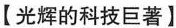
【光辉的科技巨著】